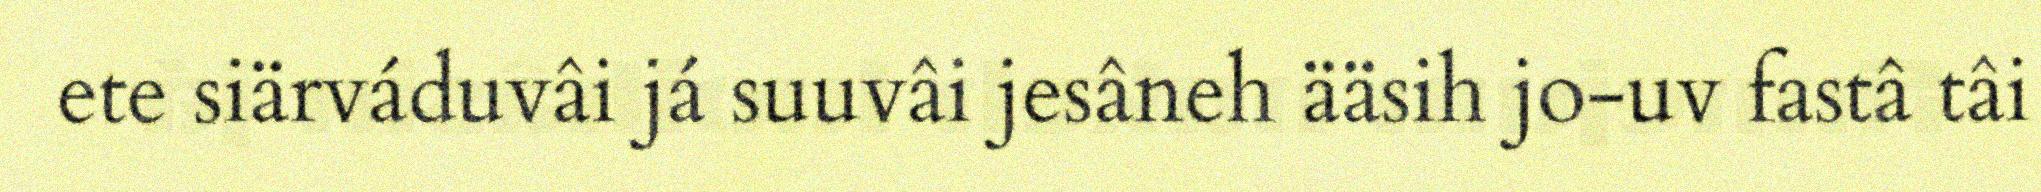
ete siärváduvâi já suuvâi jesâneh ääsih jo-uv fastâ tâi